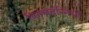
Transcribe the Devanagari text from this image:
किम्बदन्तियों